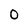
Character: 0